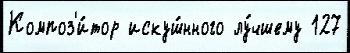
Композ'и́тор искуш́нного лу́чшему 127